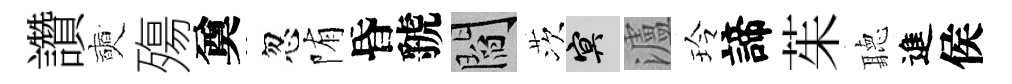
讚奭殤奠忽陏昏虢閻茨冥瀘玲諦茱聽進侯